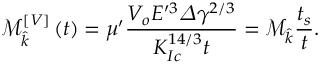
\mathcal { M } _ { \widehat { k } } ^ { \left[ V \right] } \left( t \right) = \mu ^ { \prime } \frac { V _ { o } E ^ { \prime 3 } \varDelta \gamma ^ { 2 / 3 } } { K _ { I c } ^ { 1 4 / 3 } t } = \mathcal { M } _ { \widehat { k } } \frac { t _ { s } } { t } .